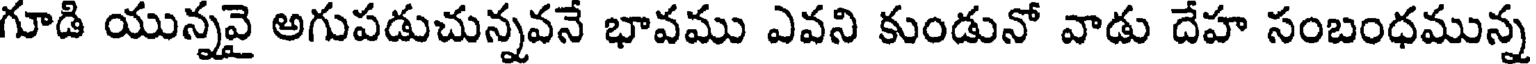
గూడి యున్నవై అగుపడుచున్నవనే భావము ఎవని కుండునో వాడు దేహ సంబంధమున్న